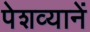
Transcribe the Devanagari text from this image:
पेशव्यानें